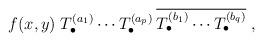
LaTeX: \begin{align*}f(x,y) \;T^{(a_1)}_\bullet \cdots T^{(a_p)}_\bullet \:\overline{T^{(b_1)}_\bullet \cdots T^{(b_q)}_\bullet} \;, \end{align*}